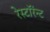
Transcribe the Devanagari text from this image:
रेस्टॉरंन्ट